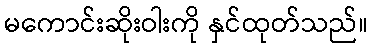
မကောင်းဆိုးဝါးကို နှင်ထုတ်သည်။